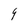
Character: 9